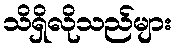
သိရှိလိုသည်များ